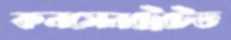
কনসেনট্রেটেড